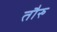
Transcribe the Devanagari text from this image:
तौरु